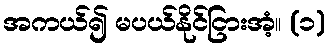
အကယ်၍ မပယ်နိုင်ငြားအံ့။ (၁)